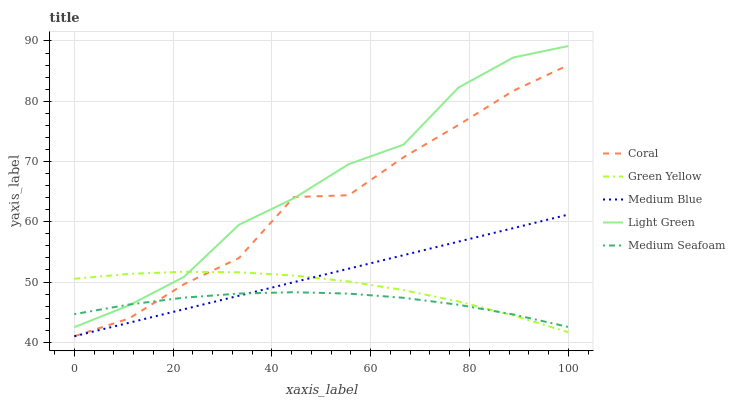
| xaxis_label | Coral | Green Yellow | Medium Blue | Light Green | Medium Seafoam |
 | --- | --- | --- | --- | --- | --- |
 | 0 | 41 | 50.5 | 41 | 42.5 | 44.7 |
 | 11.1 | 44 | 51.3 | 43.2 | 46.1 | 46.3 |
 | 22.2 | 49.6 | 51.7 | 45.5 | 50.9 | 47.4 |
 | 33.3 | 54 | 51.6 | 47.7 | 59.5 | 48.1 |
 | 44.4 | 64.1 | 51.1 | 50 | 63.9 | 48.3 |
 | 55.6 | 64.4 | 50.1 | 52.2 | 69.6 | 48.1 |
 | 66.7 | 70.7 | 48.7 | 54.5 | 72.8 | 47.4 |
 | 77.8 | 76.1 | 46.8 | 56.7 | 82.3 | 46.2 |
 | 88.9 | 81.7 | 44.4 | 58.9 | 87.3 | 44.6 |
 | 100 | 86 | 41.7 | 61.2 | 89.2 | 42.5 |